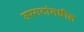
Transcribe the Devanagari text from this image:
उपगटांमधील